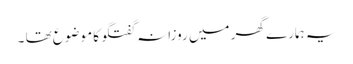
یہ ہمارے گھر میں روزانہ گفتگو کا موضوع تھا ۔